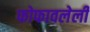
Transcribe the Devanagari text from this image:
फोफावलेली